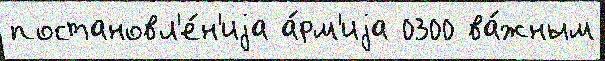
постановл'е́н'иjа а́рм'иjа 0300 ва́жным